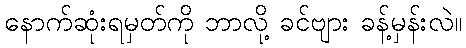
နောက်ဆုံးရမှတ်ကို ဘာလို့ ခင်ဗျား ခန့်မှန်းလဲ။